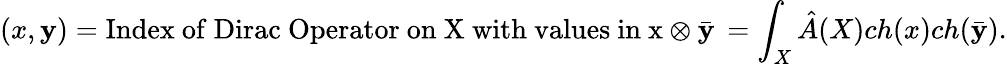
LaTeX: (x,\mathbf{y})=\mathrm{{Index\ of\ Dirac\ Operator\ on\ X\ with\ values\ in\ x\otimes\bar{{\mathbf{y}}}}}\, =\int_{X}\hat{{A}}(X)ch(x)ch(\bar{{\mathbf{y}}}).